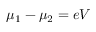
\mu _ { 1 } - \mu _ { 2 } = e V